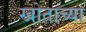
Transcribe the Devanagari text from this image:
खोताच्या